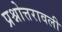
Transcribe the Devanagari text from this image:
प्रश्नोत्तरावली